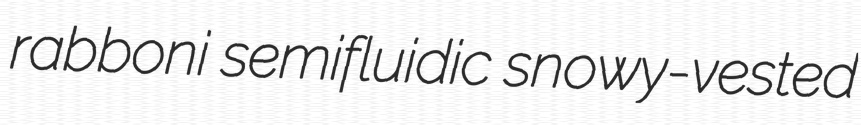
rabboni semifluidic snowy-vested